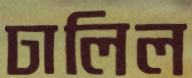
ঢালিল